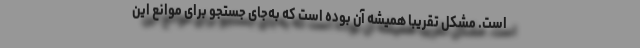
است. مشکل تقریباً همیشه آن بوده است که به‌جای جستجو برای موانع این